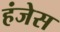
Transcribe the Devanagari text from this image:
हंजेस